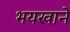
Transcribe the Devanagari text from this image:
भयखाने